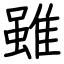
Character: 雖